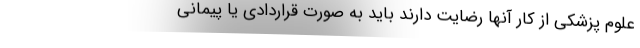
علوم پزشکی از کار آنها رضایت دارند باید به صورت قراردادی یا پیمانی